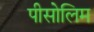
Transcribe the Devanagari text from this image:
पीसोलिम